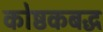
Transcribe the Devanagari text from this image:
कोष्ठकबद्ध